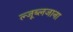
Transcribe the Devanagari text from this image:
ल्जूब्लजाना